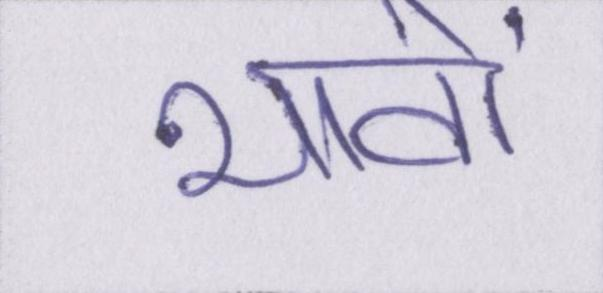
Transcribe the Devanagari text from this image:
भावों